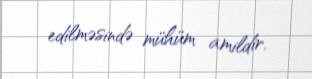
edilməsində mühüm amildir.